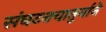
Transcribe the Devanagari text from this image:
संघटनचातुर्याने